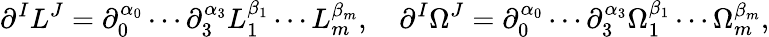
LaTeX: {\partial^{I}L^{J}=\partial_{0}^{\alpha_{0}}\cdots\partial_{3}^{\alpha_{3}}L_{1}^{\beta_{1}}\cdots L_{m}^{\beta_{m}},\quad\partial^{I}\Omega^{J}=\partial_{0}^{\alpha_{0}}\cdots\partial_{3}^{\alpha_{3}}\Omega_{1}^{\beta_{1}}\cdots\Omega_{m}^{\beta_{m}},}